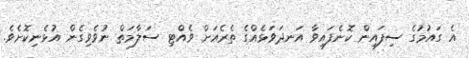
އެ ގައުމުގެ ސިފައިން ކޮނެފައިވާ އަނދަވަޅެއްގެ ތެރެއަަށް ވެއްޓި ސަލާމަތް ނުވެވިގެން އުޅެނިކޮށެވެ.